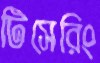
টিসেরিং